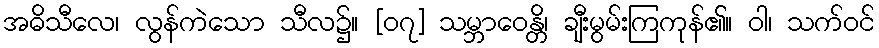
အဓိသီလေ၊ လွန်ကဲသော သီလ၌။ [၀၇] သမ္ဘာဝေန္တိ၊ ချီးမွမ်းကြကုန်၏။ ဝါ၊ သက်ဝင်